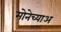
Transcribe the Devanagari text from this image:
मोनेच्याअ